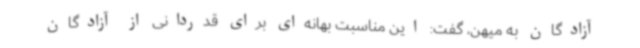
آزادگان به میهن، گفت: این مناسبت بهانه‌ای برای قدردانی از آزادگان